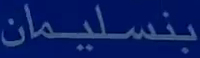
بنسليمان